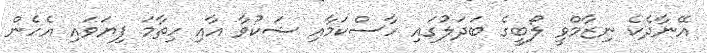
އޭނާދެކެ ނިޒާމްވީ ލޯބީގެ ބަދަލުގައި ހާސްކަމާއި ޝަކުވާ އާއި ހިތާމަ ފިޔަވައި އެހެން